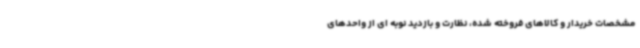
مشخصات خریدار و کالاهای فروخته شده، نظارت و بازدید نوبه ای از واحدهای